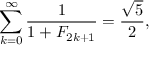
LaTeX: \sum _ { k = 0 } ^ { \infty } { \frac { 1 } { 1 + F _ { 2 k + 1 } } } = { \frac { \sqrt { 5 } } { 2 } } ,